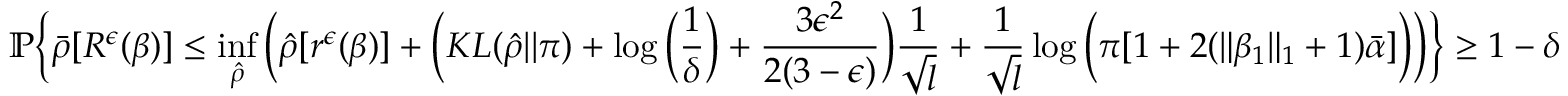
\mathbb { P } \Big \{ \bar { \rho } [ R ^ { \epsilon } ( \beta ) ] \leq \operatorname* { i n f } _ { \hat { \rho } } \Big ( \hat { \rho } [ r ^ { \epsilon } ( \beta ) ] + \Big ( K L ( \hat { \rho } | | \pi ) + \log \Big ( \frac { 1 } { \delta } \Big ) + \frac { 3 \epsilon ^ { 2 } } { 2 ( 3 - \epsilon ) } \Big ) \frac { 1 } { \sqrt { l } } + \frac { 1 } { \sqrt { l } } \log \Big ( \pi [ 1 + 2 ( \| \beta _ { 1 } \| _ { 1 } + 1 ) \bar { \alpha } ] \Big ) \Big ) \Big \} \geq 1 - \delta